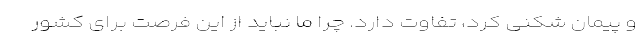
و پیمان شکنی کرد، تفاوت دارد. چرا ما نباید از این فرصت برای کشور